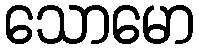
သောမော